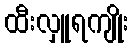
ထီးလှူရကျိုး